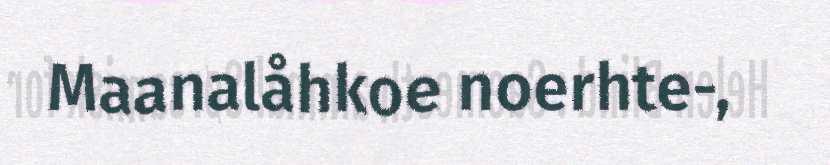
Maanalåhkoe noerhte-,